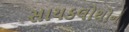
સાયકલોથોન